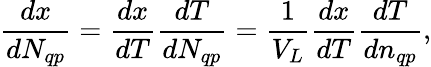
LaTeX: \frac{dx}{dN_{qp}}=\frac{dx}{dT}\frac{dT}{dN_{qp}}=\frac 1{V_{L}}\frac{dx}{dT}\frac{dT}{dn_{qp}},